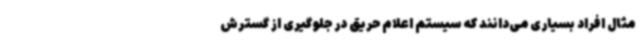
مثال افراد بسیاری می‌دانند که سیستم اعلام حریق در جلوگیری از گسترش